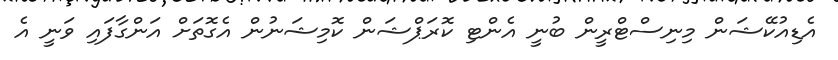
އެޑިއުކޭޝަން މިނިސްޓްރީން ބުނީ އެންޓި ކޮރަޕްޝަން ކޮމިޝަނުން އެގޮތަށް އަންގާފައި ވަނީ އެ